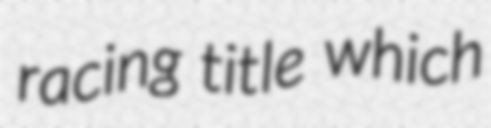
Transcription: racing title which